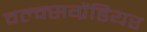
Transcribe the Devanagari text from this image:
वल्क्सग्रेंडियर